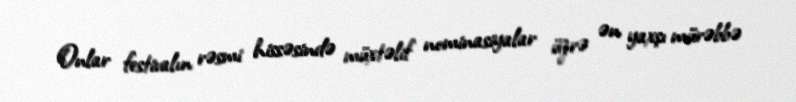
Onlar festivalın rəsmi hissəsində müxtəlif nominasiyalar üzrə ən yaxşı mürəbbə